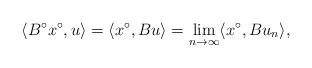
LaTeX: \begin{align*} \langle B^{\circ}x^{\circ}, u\rangle=\langle x^{\circ}, Bu\rangle=\lim_{n\to\infty}\langle x^{\circ}, Bu_{n}\rangle,\end{align*}